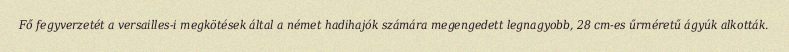
Fő fegyverzetét a versailles-i megkötések által a német hadihajók számára megengedett legnagyobb, 28 cm-es űrméretű ágyúk alkották.